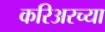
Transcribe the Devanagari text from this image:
करिअरच्या